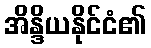
အိန္ဒိယနိုင်ငံ၏